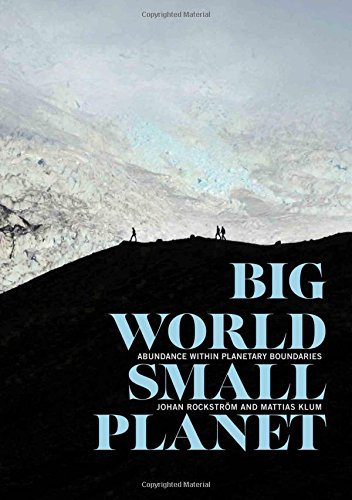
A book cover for Big World, Small Planet: Abundance within Planetary Boundaries; Johan RockstrÃ¶m; Science & Math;